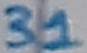
Text: 31